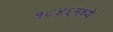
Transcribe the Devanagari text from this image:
१८४६मध्ये